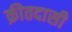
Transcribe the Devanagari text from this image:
क्रीतदासी